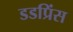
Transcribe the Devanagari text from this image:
डडप्रिंस